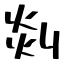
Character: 剡